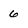
Character: 6